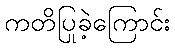
ကတိပြုခဲ့ကြောင်း